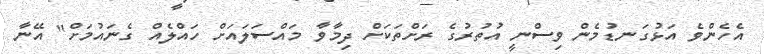
އެހެންވެ އަޅުގަނޑުމެން ވިސްނީ އުތުރުގެ ރަށްތަކަށް ދިމާވާ މައްސަލައަށް ހައްލެއް ގެނައުމަށް" އޭނާ